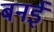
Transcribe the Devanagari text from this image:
बनई